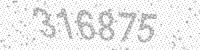
Solution: 316875